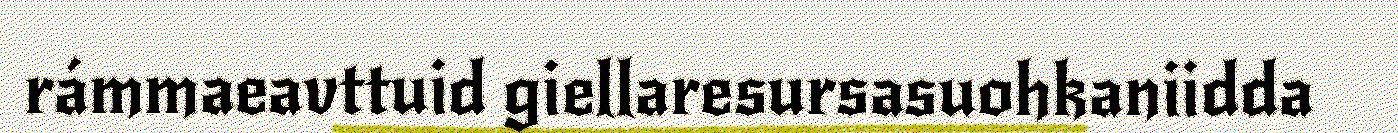
rámmaeavttuid giellaresursasuohkaniidda